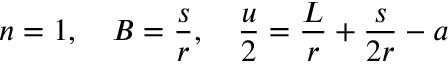
n = 1 , ~ ~ ~ B = { \frac { s } { r } } , ~ ~ ~ { \frac { u } { 2 } } = { \frac { L } { r } } + { \frac { s } { 2 r } } - a